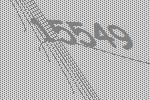
15549